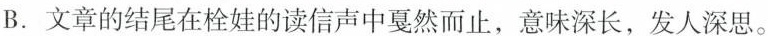
B.文章的结尾在栓娃的读信声中戛然而止，意味深长，发人深思。